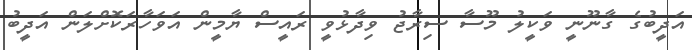
އަދީބުގެ ގާނޫނީ ވަކީލު މޫސާ ސިރާޖު ވިދާޅުވީ ރައީސް ޔާމީން އަވަހާރަކޮށްލަން އަދީބު